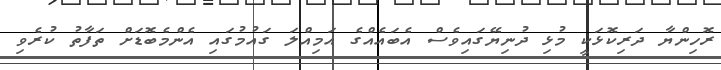
ރޮހިންޔާ ދަރިކޮޅަކީ މުޅި ދުނިޔޭގައިވެސް އެބައެއްގެ އަމިއްލަ ގައުމުގައި އެންމެބޮޑަށް ތަފާތު ކުރެވި